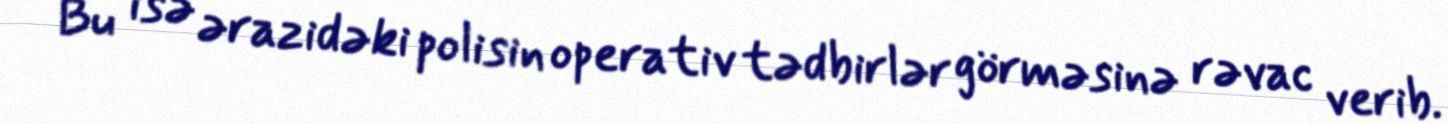
Bu isə ərazidəki polisin operativ tədbirlər görməsinə rəvac verib.